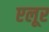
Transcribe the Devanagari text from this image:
एलूर